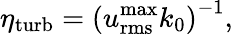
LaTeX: \eta_{\mathrm{turb}}=\left(u_{\mathrm{rms}}^{\operatorname*{max}}k_{0}\right)^{-1},